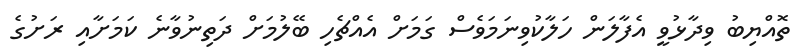
ތޮއްޔިބު ވިދާޅުވީ އެފާލަން ހަލާކުވިނަމަވެސް ގަމަށް އެއްޗެހި ބޭލުމަށް ދަތިނުވާނެ ކަމަށާއި ރަށުގެ